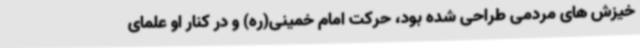
خیزش های مردمی طراحی شده بود، حرکت امام خمینی(ره) و در کنار او علمای